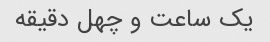
یک ساعت و چهل دقیقه